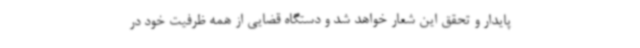
پایدار و تحقق این شعار خواهد شد و دستگاه قضایی از همه ظرفیت خود در